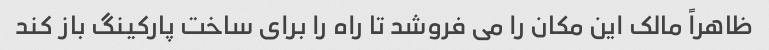
ظاهراً مالک این مکان را می فروشد تا راه را برای ساخت پارکینگ باز کند